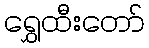
ရွှေထီးတော်